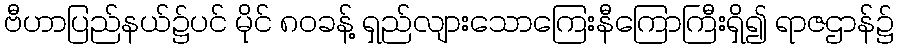
ဗီဟာပြည်နယ်၌ပင် မိုင် ၈၀ခန့် ရှည်လျားသောကြေးနီကြောကြီးရှိ၍ ရာဇဌာန်၌